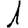
Digit: 1